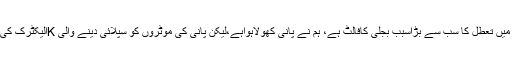
اس موقع پر انجینئر واٹربورڈ ناصر صدیقی نے بتایاکہ پانی کی فراہمی میں تعطل کا سب سے بڑاسبب بجلی کافالٹ ہے، ہم نے پانی کھولاہواہے،لیکن پانی کی موٹروں کو سپلائی دینے والی Kالیکٹرک کی لائن باربار ٹرپ کررہی ہے جس کے باعث پانی آگے نہیں پہنچ پارہا۔